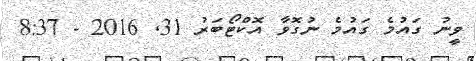
ވީނު ގައުމެ ގައުމެ ނުގޮވާ އޮކްޓޯބަރު 31